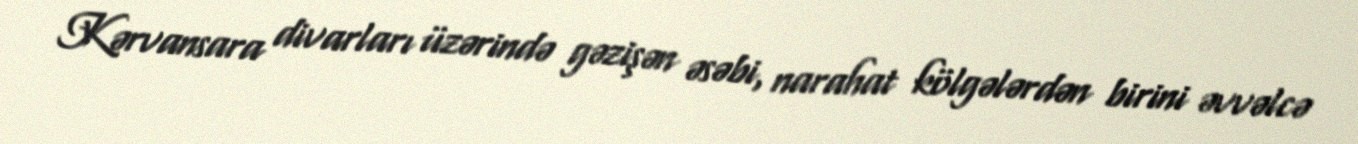
Kərvansara divarları üzərində gəzişən əsəbi, narahat kölgələrdən birini əvvəlcə